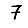
Digit: 7